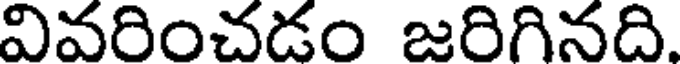
వివరించడం జరిగినది.